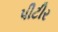
પીટીર